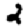
Digit: 2